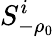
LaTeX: S_{-\rho_{0}}^{i}